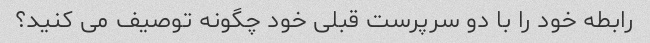
رابطه خود را با دو سرپرست قبلی خود چگونه توصیف می کنید؟